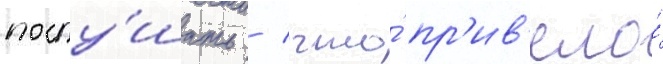
послу́шать / что́ пр'ив'ело́